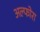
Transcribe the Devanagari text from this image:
अल्फोरा